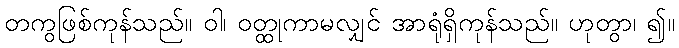
တကွဖြစ်ကုန်သည်။ ဝါ၊ ဝတ္ထုကာမလျှင် အာရုံရှိကုန်သည်။ ဟုတွာ၊ ၍။